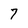
Character: 7